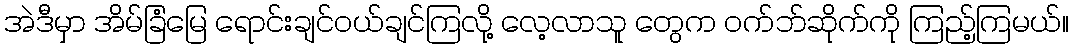
အဲဒီမှာ အိမ်ခြံမြေ ရောင်းချင်ဝယ်ချင်ကြလို့ လေ့လာသူ တွေက ဝက်ဘ်ဆိုက်ကို ကြည့်ကြမယ်။